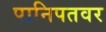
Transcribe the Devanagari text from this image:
पानिपतवर